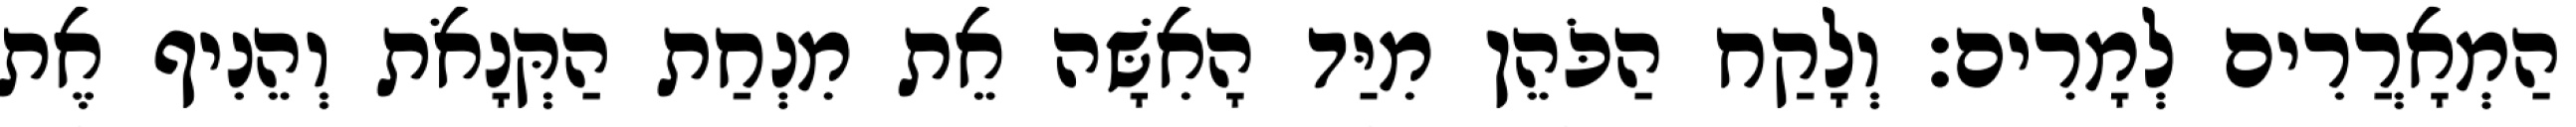
הַמְאָרֲרִים לְמָרִים׃ וְלָקַח הַכֹּהֵן מִיַּד הָאִשָּׁה אֵת מִנְחַת הַקְּנָאֹת וְהֵנִיף אֶת